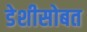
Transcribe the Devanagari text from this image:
डेशीसोबत